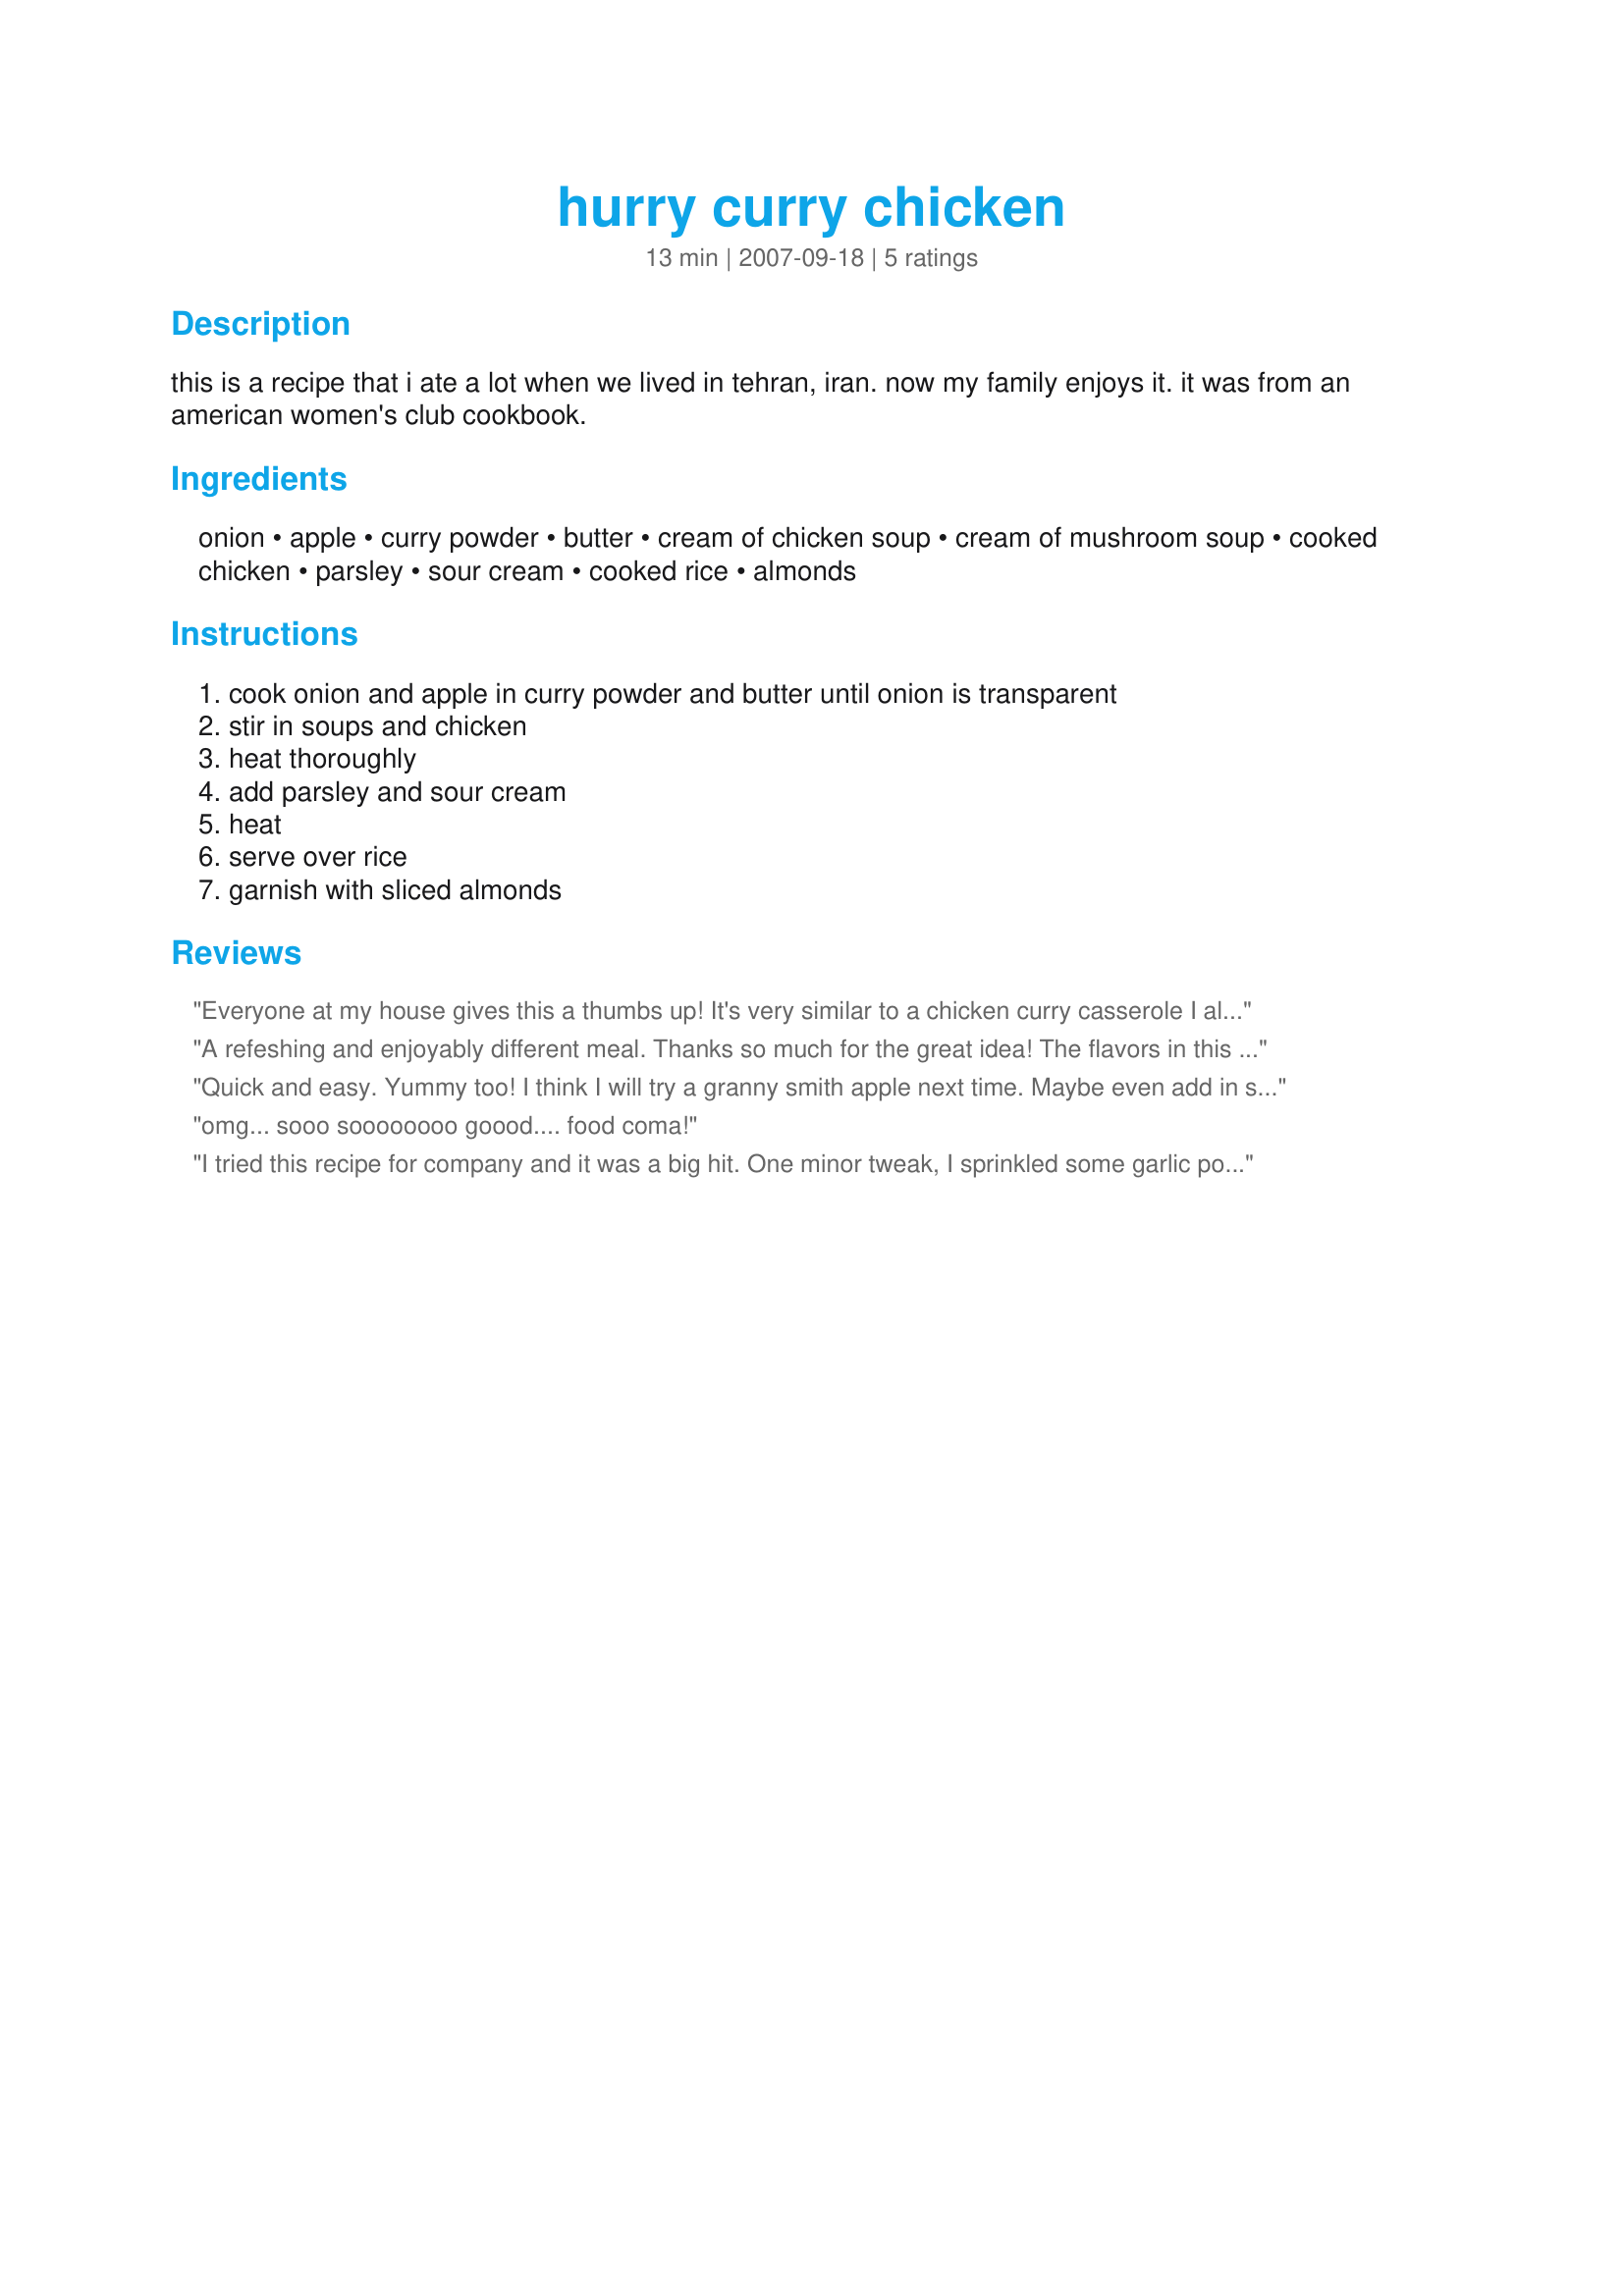
hurry curry chicken
Preparation time: 13 minutes

this is a recipe that i ate a lot when we lived in tehran, iran. now my family enjoys it. it was from an american women's club cookbook.

Ingredients:
onion, apple, curry powder, butter, cream of chicken soup, cream of mushroom soup, cooked chicken, parsley, sour cream, cooked rice, almonds

Steps:
cook onion and apple in curry powder and butter until onion is transparent, stir in soups and chicken, heat thoroughly, add parsley and sour cream, heat, serve over rice, garnish with sliced almonds

Reviews:
Everyone at my house gives this a thumbs up! It's very similar to a chicken curry casserole I already make. I was a lot apprehensive about adding the apple. I followed your directions and ingredients all the way. Thanks for a yummy dinner! :) Made for the February 2009 Aussie/ NZ recipe swap.
A refeshing and enjoyably different meal. Thanks so much for the great idea! The flavors in this dish really worked well together, and they were not anything that we would have come up with on our own. We're going to be looking for new ways to combine apples and curry! This one's going on file as a keeper.
Quick and easy. Yummy too! I think I will try a granny smith apple next time. Maybe even add in some shredded carrot. Thank you!! Tagged, Made and Reviewed for AU/NZ Recipe Swap #24
omg... sooo soooooooo goood.... food coma!
I tried this recipe for company and it was a big hit. One minor tweak, I sprinkled some garlic powder on the chicken as it was cooking and it was good.
